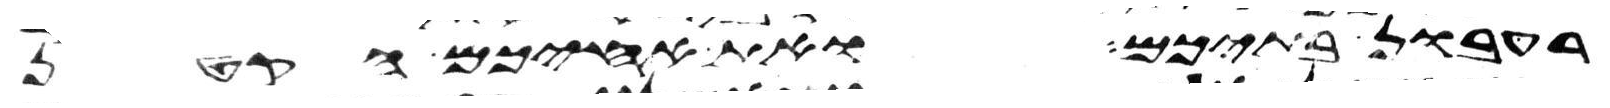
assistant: רעבון בתיכם ואת אחיכם הקטן